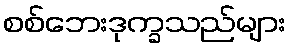
စစ်ဘေးဒုက္ခသည်များ